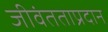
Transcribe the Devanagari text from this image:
जीवंतताप्रदान